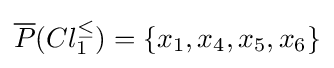
{\overline {P}}(Cl_{1}^{\leq })=\{x_{1},x_{4},x_{5},x_{6}\}